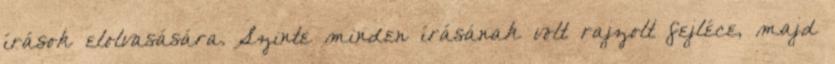
írások elolvasására. Szinte minden írásának volt rajzolt fejléce, majd